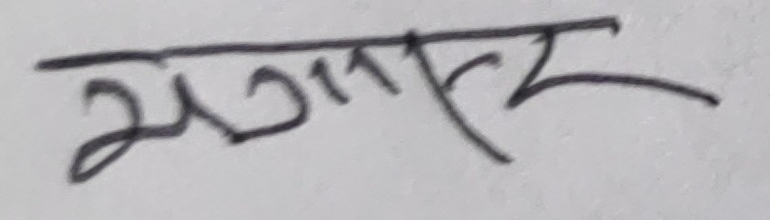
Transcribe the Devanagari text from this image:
सगर